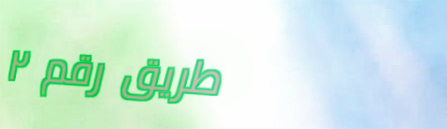
طريق رقم ٢